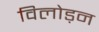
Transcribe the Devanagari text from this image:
विलोड़न